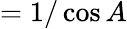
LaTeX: ={1/\cos A}